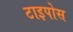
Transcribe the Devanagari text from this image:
टाइपोस